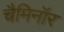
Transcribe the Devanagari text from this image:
चैमिनॉर